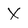
Character: X